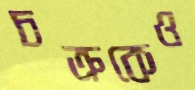
চক্রকেও